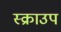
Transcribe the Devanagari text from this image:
स्क्राउप